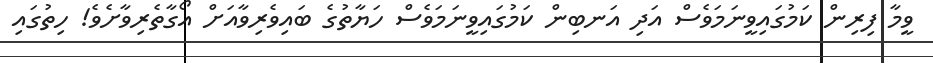
ވީމާ ފިރިން ކަމުގައިވީނަމަވެސް އަދި އަނބިން ކަމުގައިވީނަމަވެސް ހަޔާތުގެ ބައިވެރިވާއަށް އޯގާތެރިވާށެވެ! ހިތުގައި